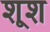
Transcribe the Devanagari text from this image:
शूश